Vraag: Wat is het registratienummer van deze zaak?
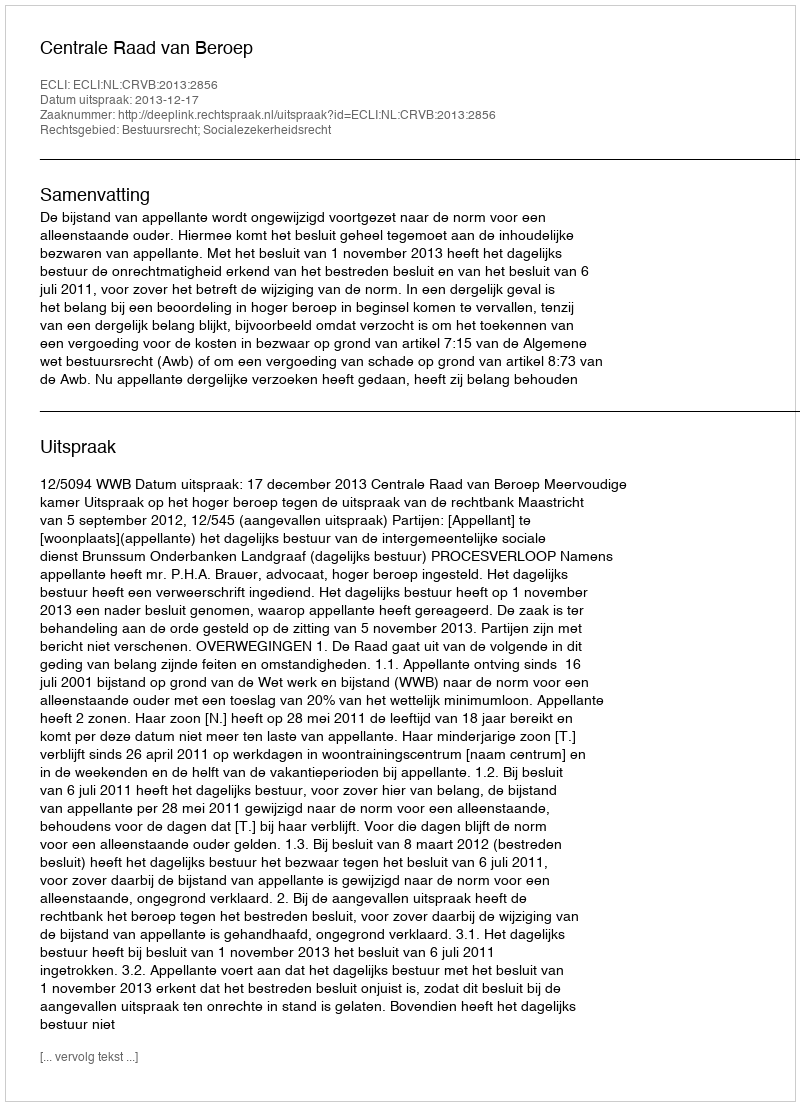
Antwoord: http://deeplink.rechtspraak.nl/uitspraak?id=ECLI:NL:CRVB:2013:2856